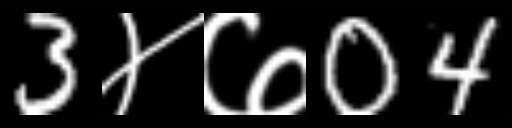
Text: 3४७04